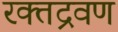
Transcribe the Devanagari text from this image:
रक्तद्रवण